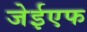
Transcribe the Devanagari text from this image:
जेईएफ